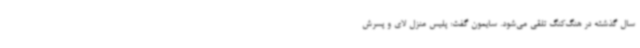
سال گذشته در هنگ‌کنگ تلقی می‌شود. سایمون گفت: پلیس منزل لای و پسرش